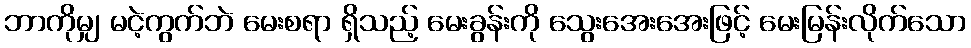
ဘာကိုမျှ မငဲ့ကွက်ဘဲ မေးစရာ ရှိသည့် မေးခွန်းကို သွေးအေးအေးဖြင့် မေးမြန်းလိုက်သော